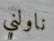
ناولني